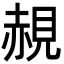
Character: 䚂